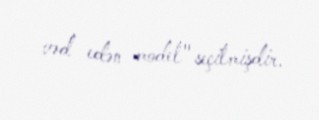
vəd edən model" seçilmişdir.